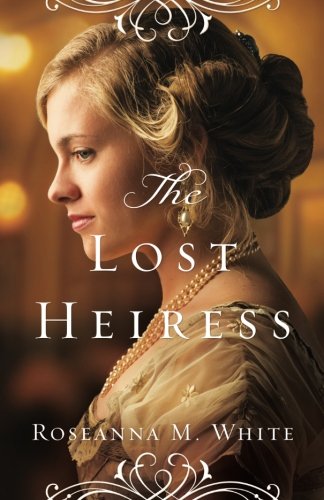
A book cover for The Lost Heiress (Ladies of the Manor); Roseanna M. White; Romance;